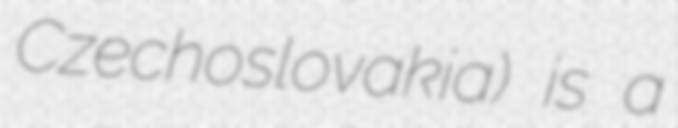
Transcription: Czechoslovakia) is a